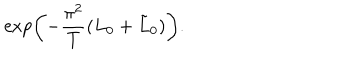
\exp \left( - \frac { \pi ^ { 2 } } { T } ( L _ { 0 } + \tilde { L } _ { 0 } ) \right) .